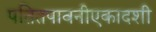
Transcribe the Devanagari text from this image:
पतितपावनीएकादशी